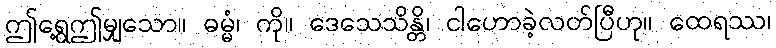
ဤရွေ့ဤမျှသော။ ဓမ္မံ၊ ကို။ ဒေသေသိန္တိ၊ ငါဟောခဲ့လတ်ပြီဟု။ ထေရဿ၊